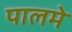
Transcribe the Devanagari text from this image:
पालमे